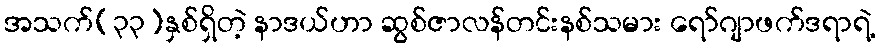
အသက်(၃၃)နှစ်ရှိတဲ့ နာဒယ်ဟာ ဆွစ်ဇာလန်တင်းနစ်သမား ရော်ဂျာဖက်ဒရာရဲ့